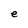
Character: e